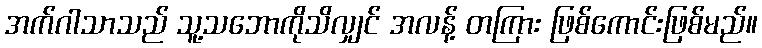
အက်ဂါသာသည် သူ့သဘောကိုသိလျှင် အလန့် တကြား ဖြစ်ကောင်းဖြစ်မည်။